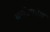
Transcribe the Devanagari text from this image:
धर्मउपदेश